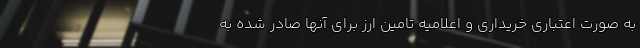
به صورت اعتباری خریداری و اعلامیه تامین ارز برای آنها صادر شده به